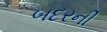
બદરની